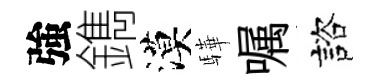
強鐫漠驊嘱諮